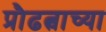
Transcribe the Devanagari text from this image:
प्रौढत्वाच्या